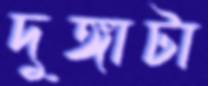
দুঙ্গাটা